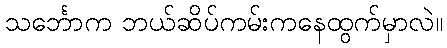
သင်္ဘောက ဘယ်ဆိပ်ကမ်းကနေထွက်မှာလဲ။